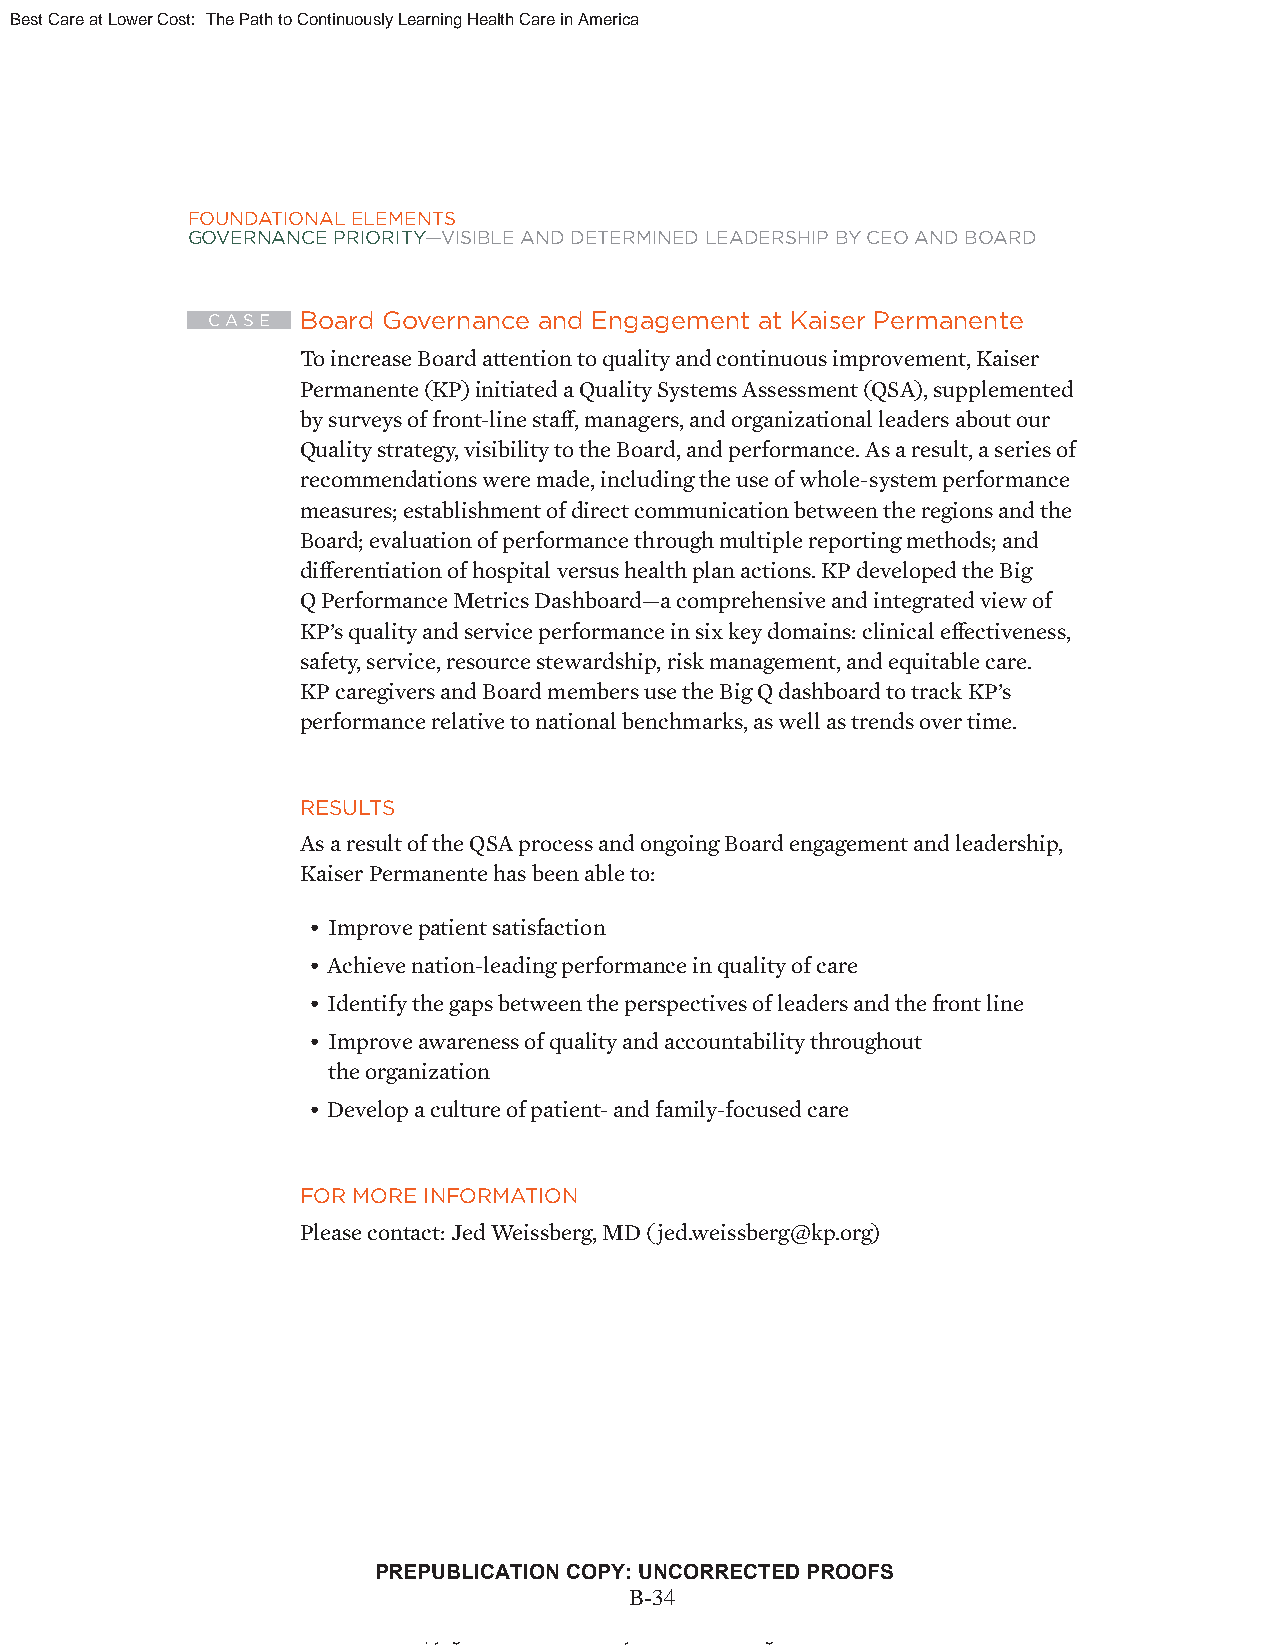
Best Care at Lower Cost: The Path to Continuously Learning Health Care in America
 FOUNDATIONAL ELEMENTS
 GOVERNANCE PRIORITY—VISIBLE AND DETERMINED LEADERSHIP BY CEO AND BOARD
 C A S E Board Governance and Engagement at Kaiser Permanente
 To increase Board attention to quality and continuous improvement, Kaiser
 Permanente (KP) initiated a Quality Systems Assessment (QSA), supplemented
 by surveys of front-line staff , managers, and organizational leaders about our
 Quality strategy, visibility to the Board, and performance. As a result, a series of
 recommendations were made, including the use of whole-system performance
 measures; establishment of direct communication between the regions and the
 Board; evaluation of performance through multiple reporting methods; and
 diff erentiation of hospital versus health plan actions. KP developed the Big
 Q Performance Metrics Dashboard—a comprehensive and integrated view of
 KP’s quality and service performance in six key domains: clinical eff ectiveness,
 safety, service, resource stewardship, risk management, and equitable care.
 KP caregivers and Board members use the Big Q dashboard to track KP’s
 performance relative to national benchmarks, as well as trends over time.
 RESULTS
 As a result of the QSA process and ongoing Board engagement and leadership,
 Kaiser Permanente has been able to:
 • Improve patient satisfaction
 • Achieve nation-leading performance in quality of care
 • Identify the gaps between the perspectives of leaders and the front line
 • Improve awareness of quality and accountability throughout
 the organization
 • Develop a culture of patient- and family-focused care
 FOR MORE INFORMATION
 Please contact: Jed Weissberg, MD (jed.weissberg@kp.org)
 PREPUBLICATION COPY: UNCORRECTED PROOFS
 B-34
 ii
 Copyright © National Academy of Sciences. All rights reserved.